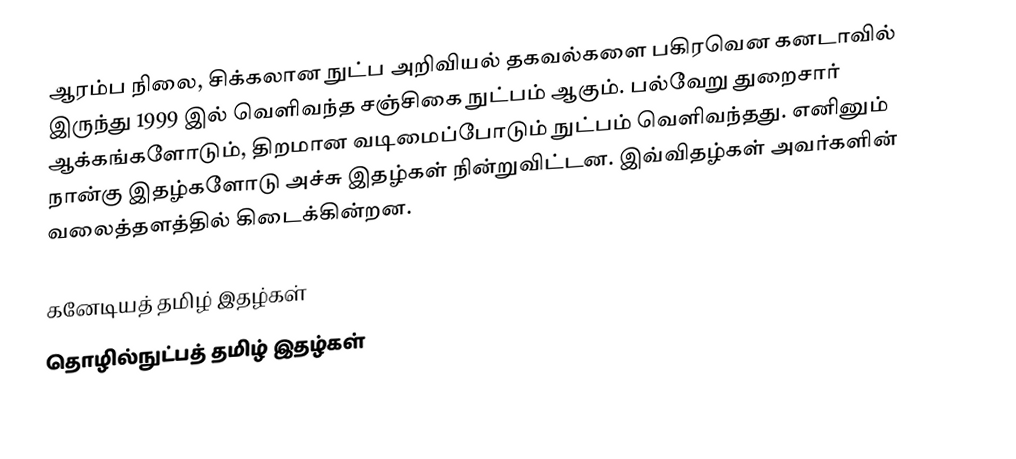
ஆரம்ப நிலை, சிக்கலான நுட்ப அறிவியல் தகவல்களை பகிரவென கனடாவில் இருந்து 1999 இல் வெளிவந்த சஞ்சிகை நுட்பம் ஆகும்.  பல்வேறு துறைசார் ஆக்கங்களோடும், திறமான வடிமைப்போடும் நுட்பம் வெளிவந்தது.  எனினும் நான்கு இதழ்களோடு அச்சு இதழ்கள் நின்றுவிட்டன.  இவ்விதழ்கள் அவர்களின் வலைத்தளத்தில் கிடைக்கின்றன.

கனேடியத் தமிழ் இதழ்கள்
தொழில்நுட்பத் தமிழ் இதழ்கள்